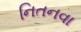
નિતનવા